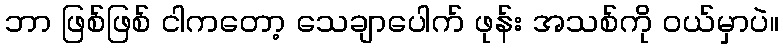
ဘာ ဖြစ်ဖြစ် ငါကတော့ သေချာပေါက် ဖုန်း အသစ်ကို ဝယ်မှာပဲ။